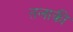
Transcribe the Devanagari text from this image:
तलाकी